EAOK_Sinod, lk 60
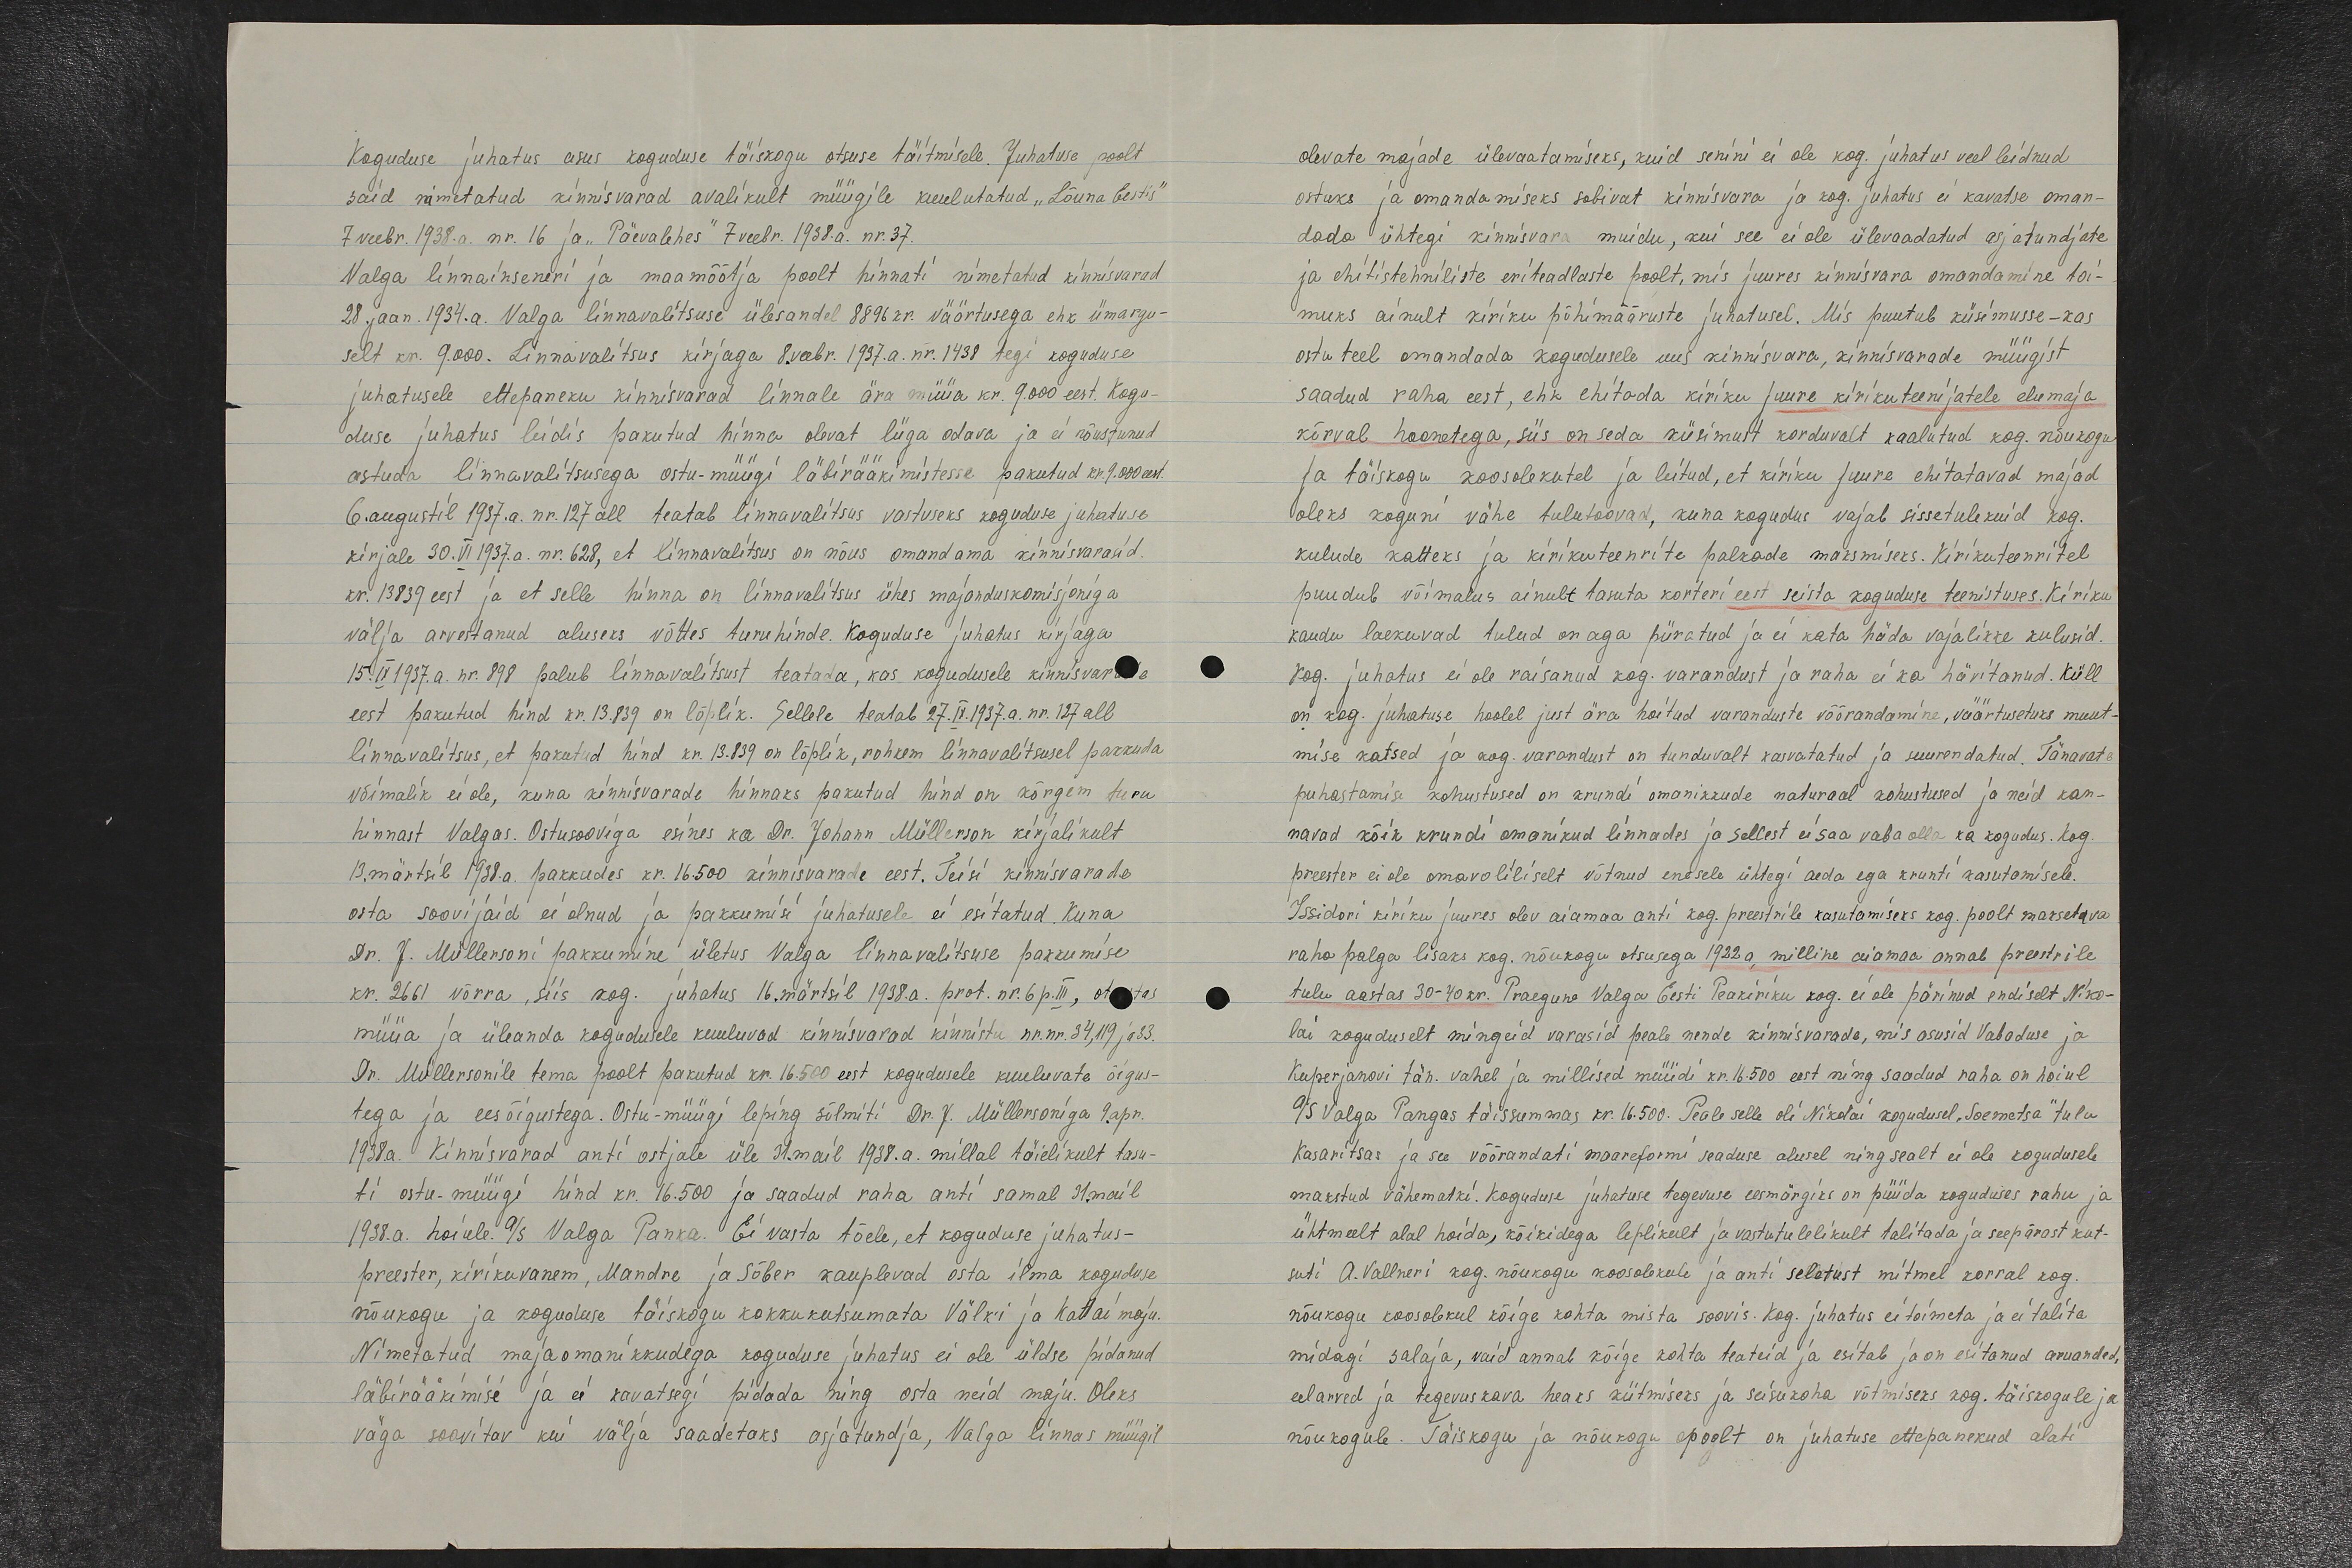
Koguduse juhatus asus koguduse täiskogu otsuse täitmisele. Juhatuse poolt
said nimetatud kinnisvarad avalikult müügile kuulutatud „Lõuna Eestis“
7 veebr.1938.a. nr. 16 ja „Päevalehes“ 7 veebr. 1938.a. nr. 37.
Valga linnainseneri ja maamõõtja poolt hinnati nimetatud kinnisvarad
28. jaan. 1934.a. Valga linnavalitsuse ülesandel 8896 kr. väärtusega ehk ümargu-
selt kr. 9.000. Linnavalitsus kirjaga 8. veebr. 1937.a. nr. 1438 tegi koguduse
juhatusele ettepaneku kinnisvarad linnale ära müüa kr. 9.000 eest. Kogu-
duse juhatus leidis pakutud hinna olevat liiga odava ja ei nõustunud
astuda linnavalitsusega ostu-müügi läbirääkimistesse pakutud kr. 9.000 eest.
6. augustil 1937.a. nr.127 all teatab linnavalitsus vastuseks koguduse juhatuse
kirjale 30. VI 1937.a. nr. 628, et linnavalitsus on nõus omandama kinnisvarasid
kr. 13839 eest ja et selle hinna on linnavalitsus ühes majanduskomisjoniga
välja arvestanud aluseks võttes turuhinde. Koguduse juhatus kirjaga
15. IX 1937.a. nr. 898 palub linnavalitsust teatada, kas kogudusele kinnisvarade
eest pakutud hind kr. 13. 839 on lõplik. Sellele teatab 27.IX.1937.a. nr. 127 all
linnavalitsus, et pakutud hind kr. 13.839 on lõplik, rohem linnavalitsusel pakkuda
võimalik ei ole, kuna kinnisvarade hinnaks pakutud hind on kõrgem turu
hinnast Valgas. Ostusooviga esines ka Dr. Johann Müllerson kirjalikult
13. märtsil 1938.a. pakkudes kr. 16.500 kinnisvarade eest. Teisi kinnisvarade
osta soovijaid ei olnud ja pakkumisi juhatusele ei esitatud. Kuna
Dr. J. Müllersoni pakkumine ületus Valga linnavalitsuse pakkumise
kr. 2661 võrra, siis kog. juhatus 16.märtsil 1938.a. prot. nr. 6 p. III, otsustas
müüa ja üleanda kogudusele kuuluvad kinnisvarad kinnistu nr. nr. 34, 119 ja 33.
Dr. Müllersonile tema poolt pakutud kr. 16.500 eest kogudusele kuuluvate õigus-
tega ja eesõigustega. Ostu-müügi leping sõlmiti Dr. J. Müllersoniga 9.apr.
1938.a. Kinnisvarad anti ostjale üle 31.mail 1938.a. millal täielikult tasu-
ti ostu-müügi hind kr. 16.500 ja saadud raha anti samal 31. mail
1938.a. hoiule. A/S Valga Panka. Ei vasta tõele, et koguduse juhatus-
preester, kirikuvanem, Mandre ja Sõber kauplevad osta ilma koguduse
nõukogu ja koguduse täiskogu kokkukutsumata Välki ja Katlai maju.
Nimetatud majaomanikkudega koguduse juhatus ei ole üldse pidanud
läbirääkimisi ja ei kavatsegi pidada ning osta neid maju. Oleks
väga soovitav kui välja saadetaks asjatundja, Valga linnas müügil

olevate majade ülevaatamiseks, kuid senini ei ole kog. juhatus veel leidnud
ostuks ja omandamiseks sobivat kinnisvara ja kog. juhatus ei kavatse oman-
dada ühtegi kinnisvara muidu, kui see ei ole ülevaadatud asjatundjate
ja ehitistehniliste eriteadlaste poolt, mis juures kinnisvara omandamine toi-
muks ainult kiriku põhimääruste juhatusel. Mis puutub küsimusse-kas
ostu teel omandada kogudusele uus kinnisvara, kinnisvarade müügist
saadud raha eest, ehk ehitada kiriku juure kirikuteenijatele elumaja
kõrval hoonetega, siis on seda küsimust korduvalt kaalutud kog. nõukogu
ja täiskogu koosolekutel ja leitud, et kiriku juure ehitatavad majad
oleks koguni vähe tuletoovad, kuna kogudus vajab sissetulekuid kog.
kulude katteks ja kirikuteenrite palkade maksmiseks. Kirikuteenritel
puudub võimalus ainult tasuta korteri eest seista koguduse teenistuses. Kiriku
kaudu laekuvad tulud on aga piiratud ja ei kata häda vajalikke kulusid.
Kog. juhatus ei ole raisanud kog. varandust ja raha ei ka hävitanud. Küll
on kog. juhatuse hoolel just ära hoitud varanduste võõrandamine, väärtusetuks muut-
mise katsed ja kog. varandust on tunduvalt kasvatatud ja suurendatud. Tänavate
puhastamise kohustused on krundi omanikkude naturaal kohustused ja neid kan-
navad kõik krundi omanikud linnades ja sellest ei saa vaba olla ka kogudus. Kog.
preester ei ole omavoliliselt võtnud enesele ühtegi aeda ega krunti kasutamisele.
Issidori kiriku juures olev aiamaa anti kog. preestrile kasutamiseks kog. poolt makstava
raha palga lisaks kog. nõukogu otsusega 1922 a, milline aiamaa annab preestrile
tulu aastas 30-40 kr. Praegune Valga Eesti Peakiriku kog. ei ole pärinud endiselt Niko-
lai koguduselt mingeid varasid peale nende kinnisvarade, mis asusid Vabaduse ja
Kuperjanovi tän. vahel ja millised müüdi kr. 16.500 eest ning saadud raha on hoiul
A/S Valga Pangas täissummas kr. 16.500. Peale selle oli Nikolai kogudusel „Soemetsa“ tulu
Kasaritsas ja see võõrandati maareformi seaduse alusel ning sealt ei ole kogudusele
makstud vähematki. Koguduse juhatuse tegevuse eesmärgiks on püüda koguduses rahu ja
ühtmeelt alal hoida, kõikidega leplikult ja vastutulelikult talitada ja seepärast kut-
suti A. Vallneri kog. nõukogu koosolekule ja anti seletust mitmel korral kog.
nõukogu koosolekul kõige kohta mis ta soovis. Kog. juhatus ei toimeta ja ei talita
midagi salaja, vaid annab kõige kohta teateid ja esitab ja on esitanud aruanded,
eelarved ja tegevuskava heaks kiitmiseks ja seisukoha võtmiseks kog. täiskogule ja
nõukogule. Täiskogu ja nõukogu poolt on juhatuse ettepanekud alati